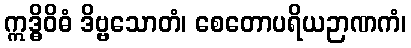
ဣဒ္ဓိဝိဓံ ဒိဗ္ဗသောတံ၊ စေတောပရိယဉာဏကံ၊